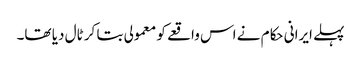
پہلے ایرانی حکام نے اس واقعے کو معمولی بتا کر ٹال دیا تھا۔